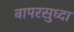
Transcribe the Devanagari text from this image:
वापरसुध्दा